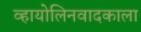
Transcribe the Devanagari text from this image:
व्हायोलिनवादकाला